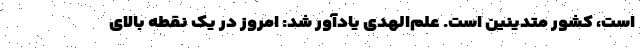
است، کشور متدینین است. علم‌الهدی یادآور شد: امروز در یک نقطه بالای